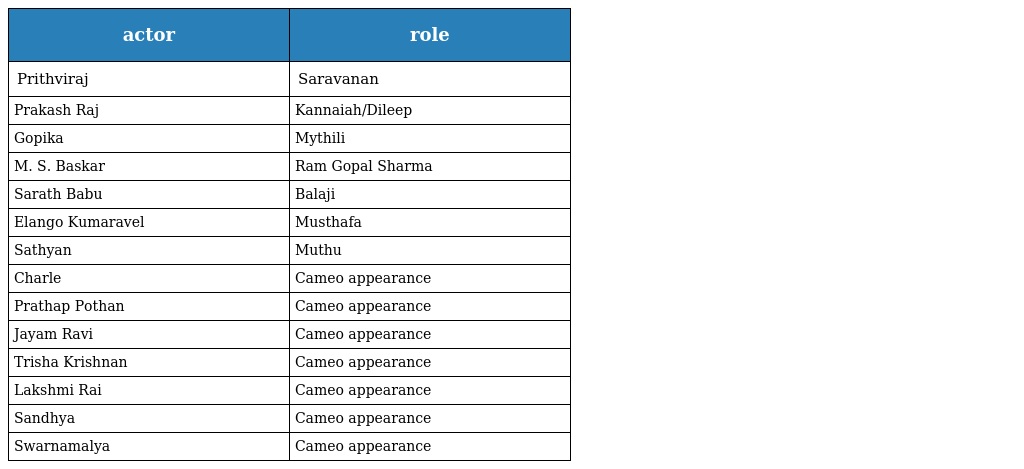
| actor | role |
 | --- | --- |
 | Prithviraj | Saravanan |
 | Prakash Raj | Kannaiah/Dileep |
 | Gopika | Mythili |
 | M. S. Baskar | Ram Gopal Sharma |
 | Sarath Babu | Balaji |
 | Elango Kumaravel | Musthafa |
 | Sathyan | Muthu |
 | Charle | Cameo appearance |
 | Prathap Pothan | Cameo appearance |
 | Jayam Ravi | Cameo appearance |
 | Trisha Krishnan | Cameo appearance |
 | Lakshmi Rai | Cameo appearance |
 | Sandhya | Cameo appearance |
 | Swarnamalya | Cameo appearance |